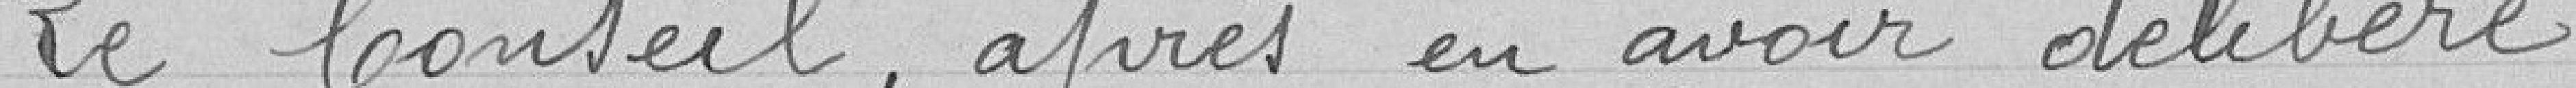
Le Conseil, après en avoir délibéré